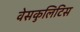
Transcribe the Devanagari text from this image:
वेसकुलिटिस